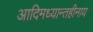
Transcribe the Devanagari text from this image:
आदिमध्यान्तहीनाय